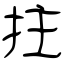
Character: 拄